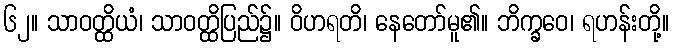
၆၂။ သာဝတ္ထိယံ၊ သာဝတ္ထိပြည်၌။ ဝိဟရတိ၊ နေတော်မူ၏။ ဘိက္ခဝေ၊ ရဟန်းတို့။